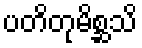
ပတိတုမိစ္ဆသိ